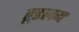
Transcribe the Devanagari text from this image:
हूडलम